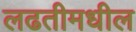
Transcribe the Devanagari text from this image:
लढतीमधील